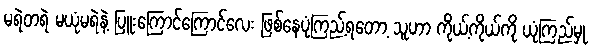
မရဲတရဲ မယုံမရဲနဲ့ ပြူးကြောင်ကြောင်လေး ဖြစ်နေပုံကြည့်ရတော့ သူဟာ ကိုယ့်ကိုယ်ကို ယုံကြည်မှု